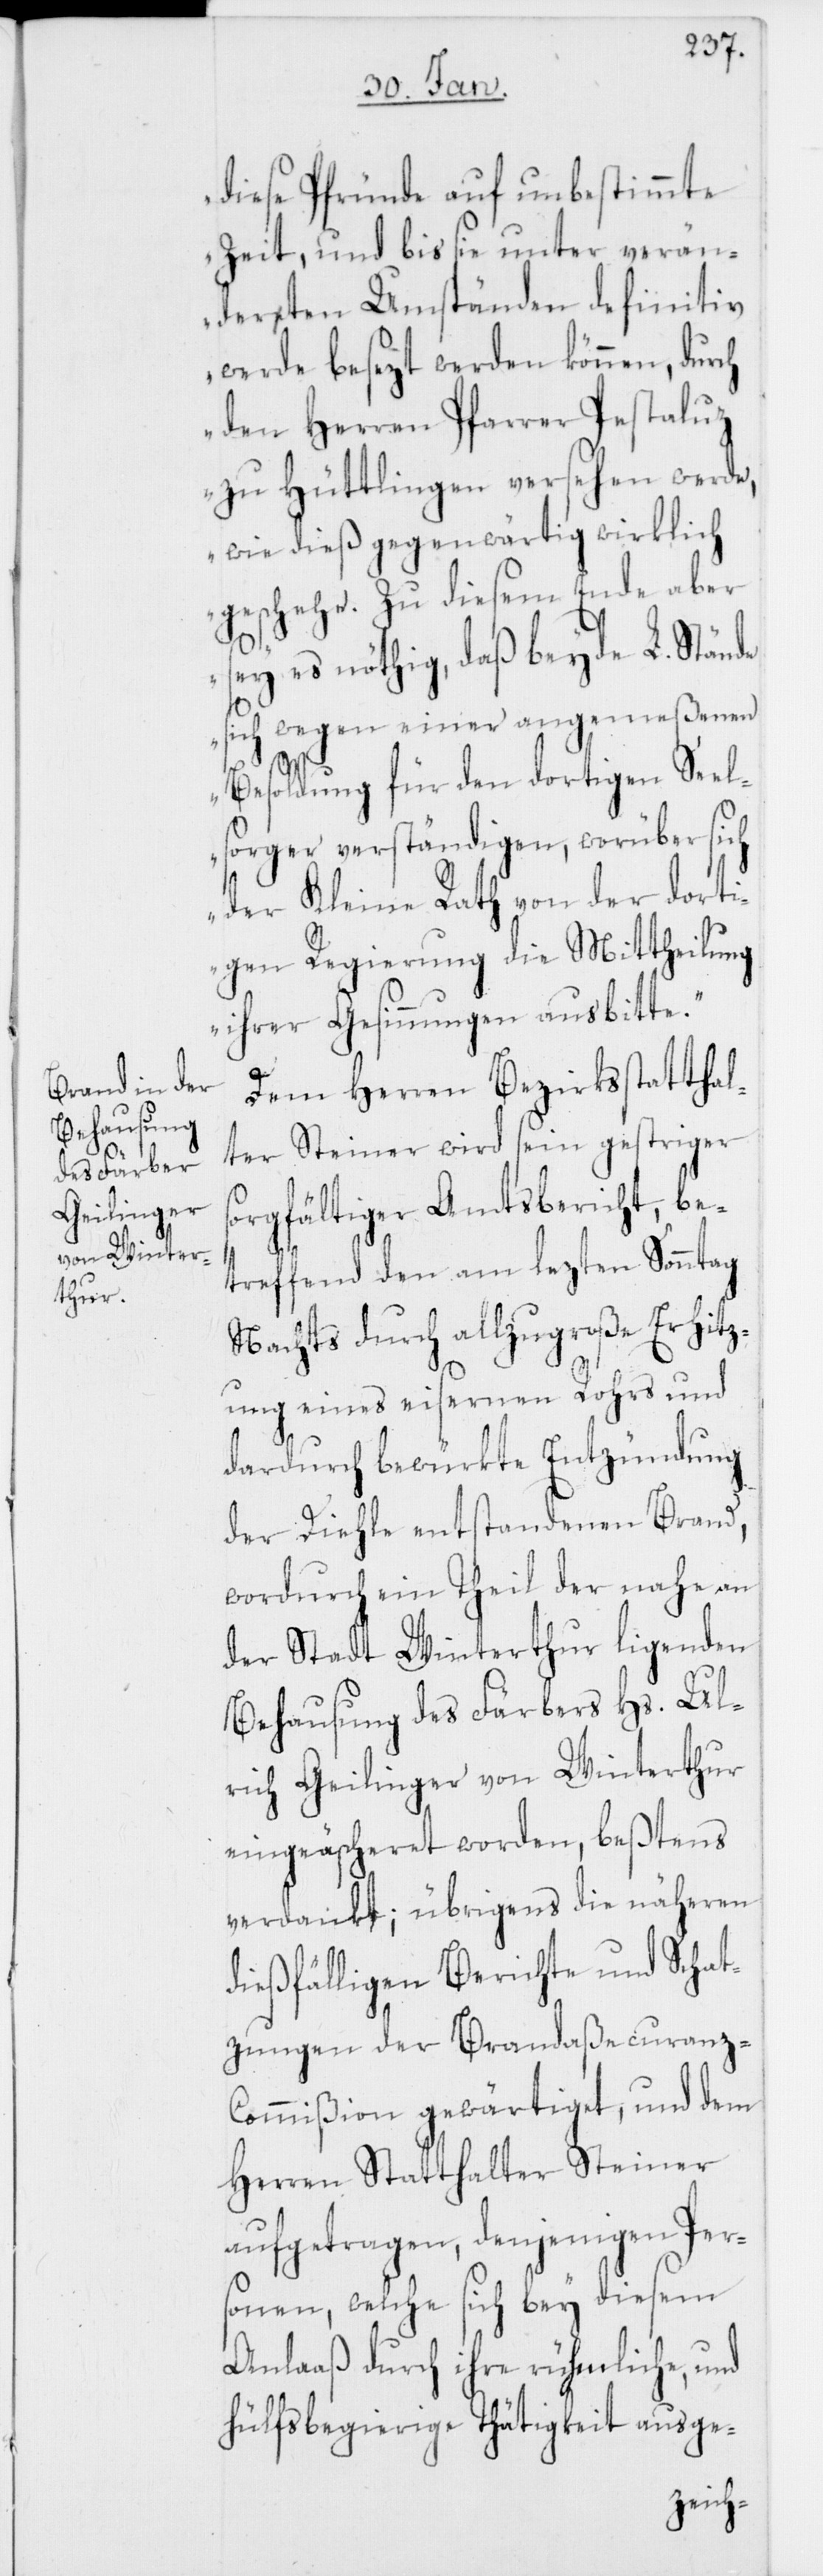
diese Pfründe auf unbestimmte
Zeit, und bis sie unter verän¬
derten Umständen definitiv
werde besezt werden können, durch
den Herren Pfarrer Pestaluz
zu Hüttlingen versehen werde,
wie dieß gegenwärtig wirklich
geschehe. Zu diesem Ende aber
sey es nöthig, daß beyde L. Stände
s¬
ich wegen einer angemeßenen
Besoldung für den dortigen Seel¬
sorger verständigen, worüber sich
der Kleine Rath von der dorti¬
gen Regierung die Mittheilung
ihrer Gesinnungen ausbitte.“
Dem Herren Bezirksstatthal¬
ter Steiner wird seyn gestriger
orgfältiger Amtsbericht, be¬
treffend den am lezten Sonntag
nachts durch allzugroße Erhitz¬
ung eines eisernen Rohrs und
dardurch bewürkte Entzündung
der Diehle entstandenen Brand,
wordurch ein Theil der nahe an
der Stadt Winterthur ligenden
Behausung des Färbers Hs. Ul¬
rich Geilinger von Winterthur
eingeäscheret worden, beßtens
verdankt; übrigens die näheren
dießfälligen Berichte und Schat¬
zungen der Brandaßecuranz-C¬
ommißion gewärtiget, und dem
Herren Statthalter Steiner
aufgetragen, denjenigen Pers¬
onen, welche sich bey diesem
Anlaaß durch ihre rühmliche, und
hülfsbegierige Thätigkeit ausge-